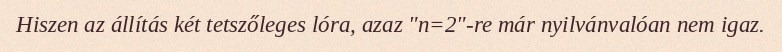
Hiszen az állítás két tetszőleges lóra, azaz "n=2"-re már nyilvánvalóan nem igaz.